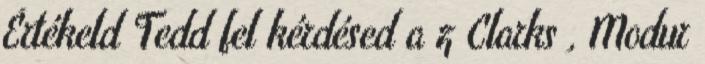
Értékeld Tedd fel kérdésed a z Clarks , Modur